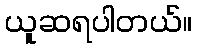
ယူဆရပါတယ်။